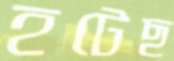
হটেছ